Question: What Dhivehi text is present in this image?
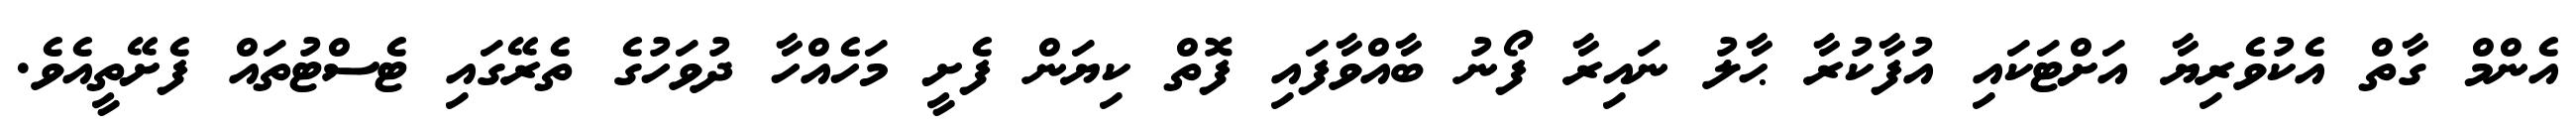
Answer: އެންމް ގާތް އެކުވެރިޔާ އަށްޓަކައި އުފާކުރާ ޙާލު ނައިރާ ފޯނު ބާއްވާފައި ފޮތް ކިޔަން ފެށީ މަހެއްހާ ދުވަހުގެ ތެރޭގައި ޓެސްޓުތައް ފެށޭތީއެވެ.